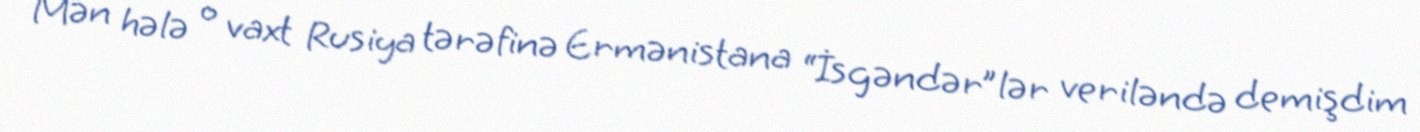
Mən hələ o vaxt Rusiya tərəfinə Ermənistana “İsgəndər”lər veriləndə demişdim